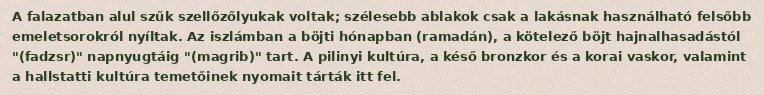
A falazatban alul szűk szellőzőlyukak voltak; szélesebb ablakok csak a lakásnak használható felsőbb emeletsorokról nyíltak. Az iszlámban a böjti hónapban (ramadán), a kötelező böjt hajnalhasadástól "(fadzsr)" napnyugtáig "(magrib)" tart. A pilinyi kultúra, a késő bronzkor és a korai vaskor, valamint a hallstatti kultúra temetőinek nyomait tárták itt fel.